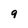
Character: 9